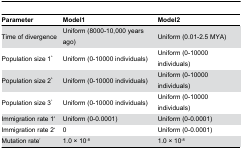
<table><thead><tr><td><b>Parameter</b></td><td><b>Model1</b></td><td><b>Model2</b></td></tr></thead><tbody><tr><td>Time of divergence</td><td>Uniform (8000-10,000 years ago)</td><td>Uniform (0.01-2.5 MYA)</td></tr><tr><td>Population size 1<sup>a</sup></td><td>Uniform (0-10000 individuals)</td><td>Uniform (0-10000 individuals)</td></tr><tr><td>Population size 2<sup>b</sup></td><td>Uniform (0-10000 individuals)</td><td>Uniform (0-10000 individuals)</td></tr><tr><td>Population size 3<sup>c</sup></td><td>Uniform (0-10000 individuals)</td><td>Uniform (0-10000 individuals)</td></tr><tr><td>Immigration rate 1<sup>d</sup></td><td>Uniform (0-0.0001)</td><td>Uniform (0-0.0001)</td></tr><tr><td>Immigration rate 2<sup>e</sup></td><td>0</td><td>Uniform (0-0.0001)</td></tr><tr><td>Mutation rate<sup>f</sup></td><td>1.0 × 10<sup>-8</sup></td><td>1.0 × 10<sup>-8</sup></td></tr></tbody></table>